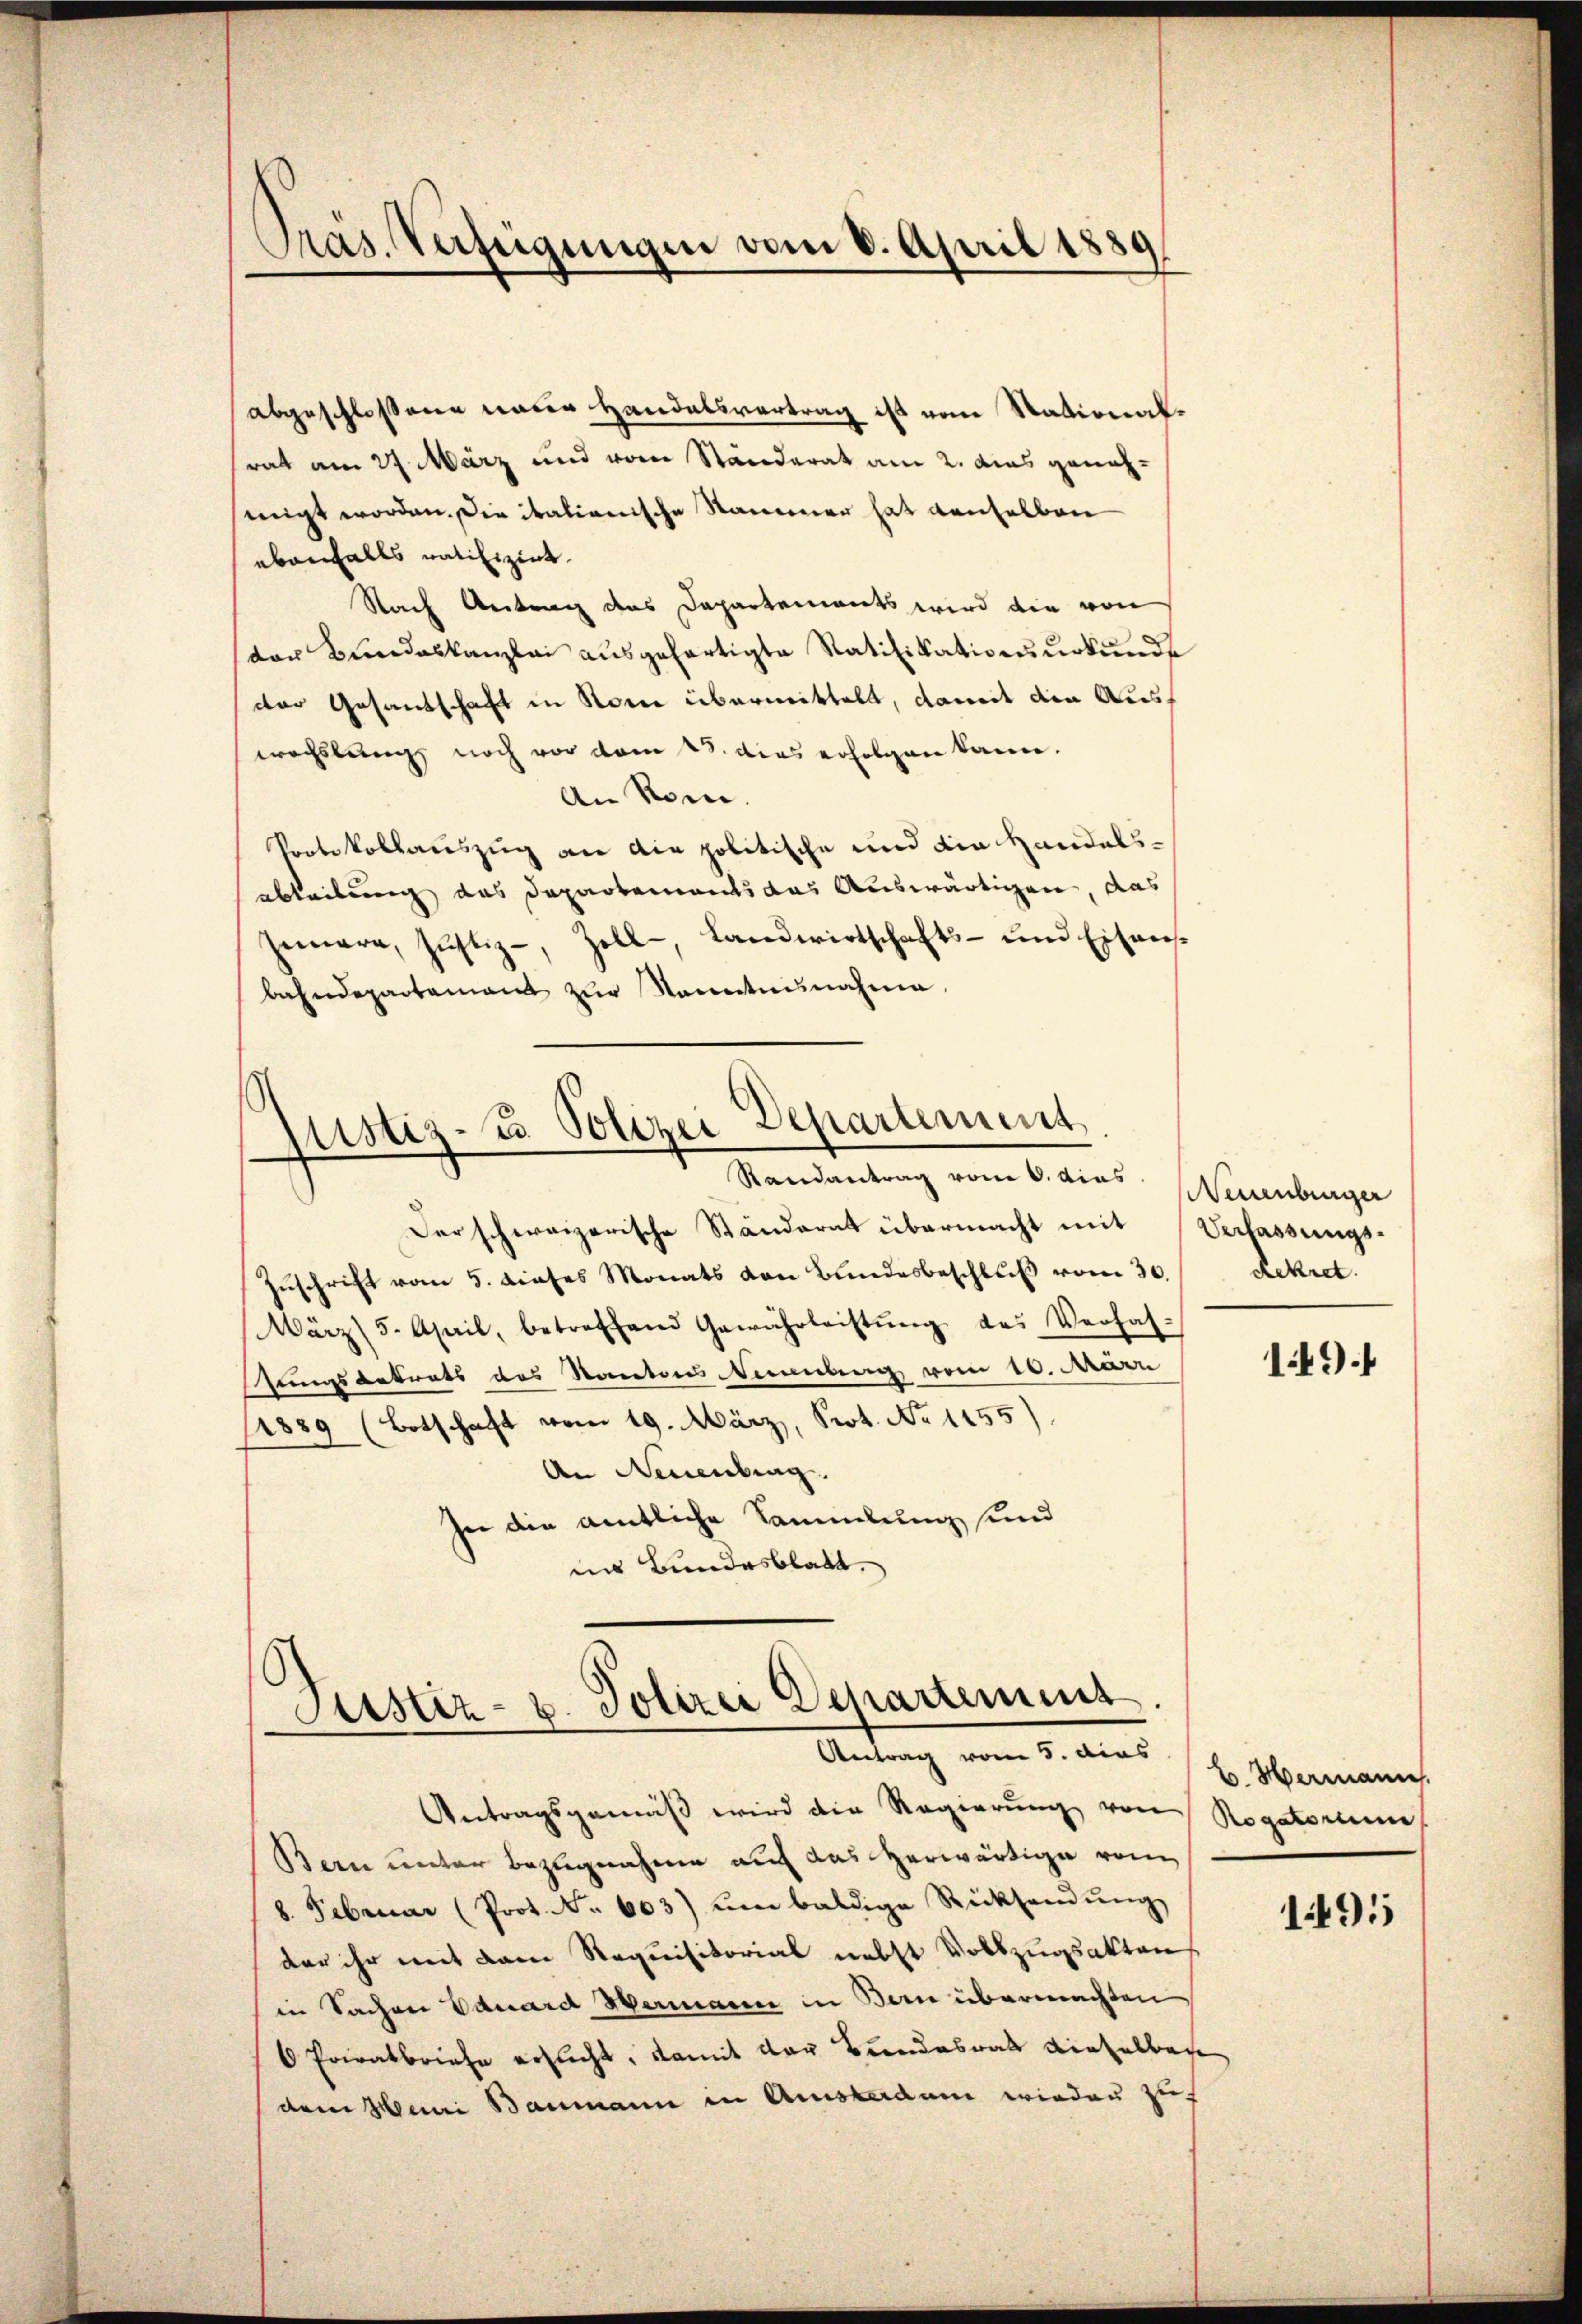
Pras. Verfügungen vom 6. April 1889

abgeschlossene unter Handelsvertrag ist vom Nationalrat am 27. März und vom Ständerat am 2. das genohmigt worden. Die italienische Namener hat denselben
ebenfalls ratifizirt.
Nach Antrag des Departements wird die von
von Bundeskanzlei ausgefertigte Ratifikationsurkunde
der Gesandschaft in Rome übermittelt, damit die Auswachslung noch vor vom 28. dies erfolgen kann.
An Rom.
Portokollauszug an die politische und die Handelsabteilung das Departement das Auswärtigen, das
semara, Jŭstiz-, Zoll- Landwirtschafts- und Eisanbahndepartement zur Sonntennahme,

mistiz- u. Polizei Departement
Randantrag vom 6. dies Neuenburger

Der schweizerische Ständerat übermacht mit
Zuschrift vom 5. dieses Monats von Bundesbeschluß vom 30.
März/5. April, betreffend Gewährleistŭng des Verfah-
zungsbetrats des Kantons Neuenburg vom 10. Mari
1889 (Botschaft vom 19. März, Prot. No 1155)
An Neuenburg.
hee die amtliche Sammlung sind
ins Bundesblatt.

Justiz- u. Polizei Departement
Antrag vom 5. dies

Antragsgemäß wird die Regierung von
Bern unter Bezugnahme auf das herwärtige vom
8. Februar (Prot. No. 603) um baldige Rücksendung
dar ihr mit dem Requisitorial nebst Vollzugsakten
in Sachen Eduard Wermann in Bern übermachten
 Privatbriefe ersucht, damit der Bundesrat dieselbere
dem Henri Baumann in Amsterdam wieder zuf

Verfassungs¬
Rekret

149.

B. Hermann.
Rogatorum
1491